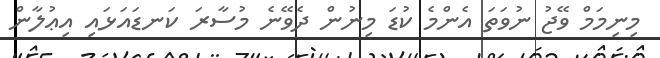
މިނިމަމް ވޭޖު ނުވަތަ އެންމެ ކުޑަ މިނުން ދެވޭނެ މުސާރަ ކަނޑައަޅައި އިޢުލާން